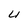
Character: U